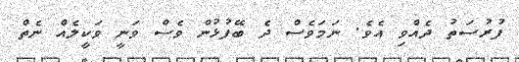
ފުރުސަތު ދެއްވި އެވެ. ނަމަވެސް ދެ ބޭފުޅުން ވެސް ވަނީ ވަކީލެއް ނެތް